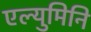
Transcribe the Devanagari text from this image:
एल्युमिनि